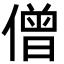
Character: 僧